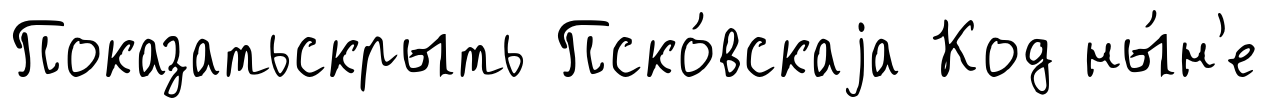
Показатьскрыть Пско́вскаjа Код ны́н'е